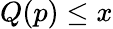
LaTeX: Q(p)\leq x